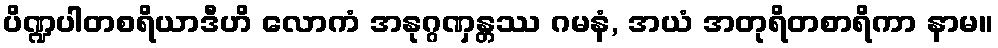
ပိဏ္ဍပါတစရိယာဒီဟိ လောကံ အနုဂ္ဂဏှန္တဿ ဂမနံ, အယံ အတုရိတစာရိကာ နာမ။